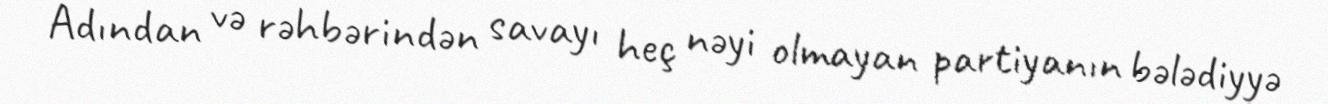
Adından və rəhbərindən savayı heç nəyi olmayan partiyanın bələdiyyə